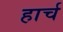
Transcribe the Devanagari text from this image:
हार्च